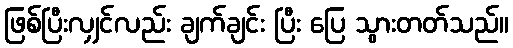
ဖြစ်ပြီးလျှင်လည်း ချက်ချင်း ပြီး ပြေ သွားတတ်သည်။